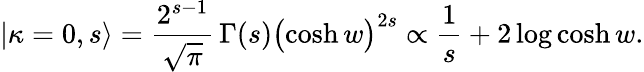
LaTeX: |\kappa=0,s\rangle=\frac{2^{s-1}}{\sqrt{\pi}}\, \Gamma(s)\bigl(\cosh w\bigr)^{2s}\propto\frac{1}{s}+2\log\cosh w.